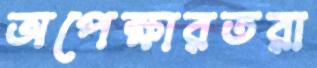
অপেক্ষারতরা